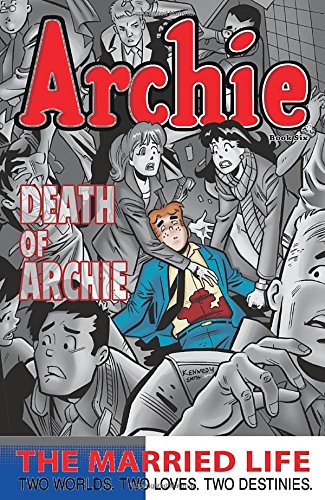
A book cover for Archie: The Married Life Book 6 (The Married Life Series); Paul Kupperberg; Comics & Graphic Novels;